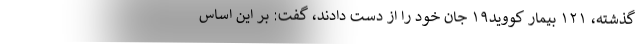
گذشته، ۱۲۱ بیمار کووید۱۹ جان خود را از دست دادند، گفت: بر این اساس